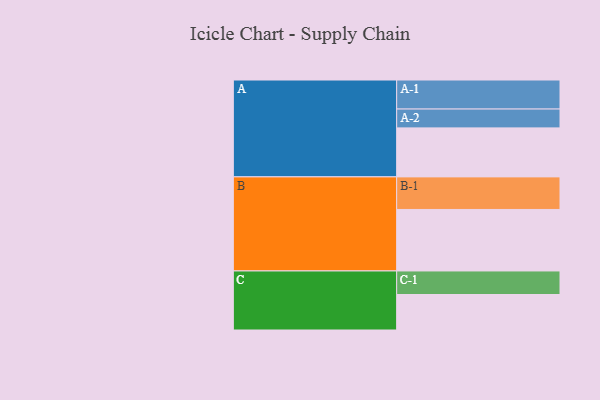
{"axis": {"x": "Segment", "y": "Value"}, "legend": ["", "A", "B", "C"], "data": [{"x": "A", "y": 439, "type": ""}, {"x": "B", "y": 551, "type": ""}, {"x": "C", "y": 318, "type": ""}, {"x": "A-1", "y": 260, "type": "A"}, {"x": "A-2", "y": 169, "type": "A"}, {"x": "B-1", "y": 292, "type": "B"}, {"x": "C-1", "y": 211, "type": "C"}]}